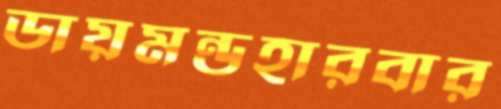
ডায়মন্ডহারবার